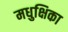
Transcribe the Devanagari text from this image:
मधुक्षिका